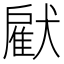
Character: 𤡵